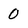
Character: 0